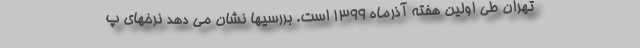
تهران طی اولین هفته آذرماه ۱۳۹۹ است. بررسیها نشان می دهد نرخهای پ